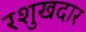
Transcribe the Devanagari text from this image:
रशुखदार